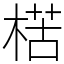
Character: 楛